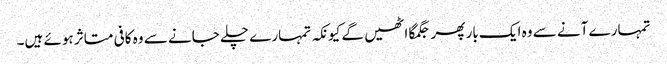
تمہارے آنے سے وہ ایک بار پھر جگمگا اٹھیں گے کیونکہ تمہارے چلے جانے سے وہ کافی متاثر ہوئے ہیں۔